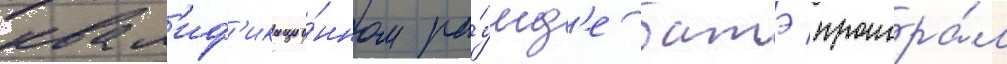
квал'иф'икацио́нном ра́унд'е батэ проигра́л